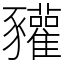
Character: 䝔